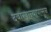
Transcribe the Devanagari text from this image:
दवाखान्यापासून